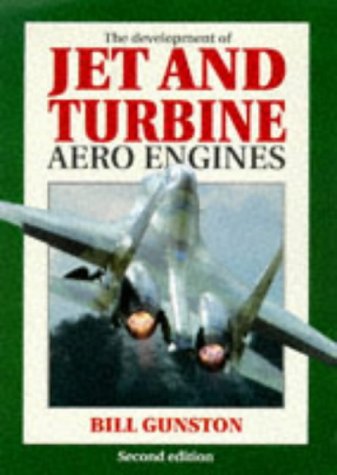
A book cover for The Development of Jet and Turbine Aero Engines; Bill Gunston; Engineering & Transportation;